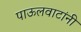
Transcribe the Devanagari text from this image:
पाऊलवाटांनी